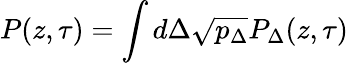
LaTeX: P(z,\tau)=\int d\Delta\sqrt{p_{\Delta}}P_{\Delta}(z,\tau)